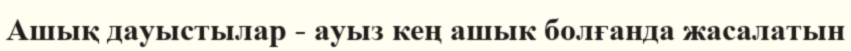
Ашық дауыстылар - ауыз кең ашык болғанда жасалатын